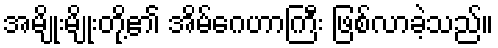
အမျိုးမျိုးတို့၏ အိမ်ဂေဟာကြီး ဖြစ်လာခဲ့သည်။